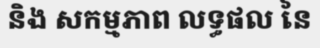
និង សកម្មភាព លទ្ធផល នៃ